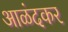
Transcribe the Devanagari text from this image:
आळंदकर